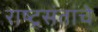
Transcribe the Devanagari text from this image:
राष्ट्रसंतांचे